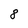
Character: 8